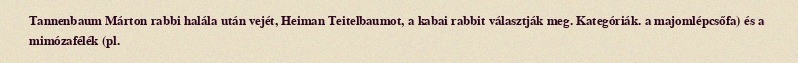
Tannenbaum Márton rabbi halála után vejét, Heiman Teitelbaumot, a kabai rabbit választják meg. Kategóriák. a majomlépcsőfa) és a mimózafélék (pl.